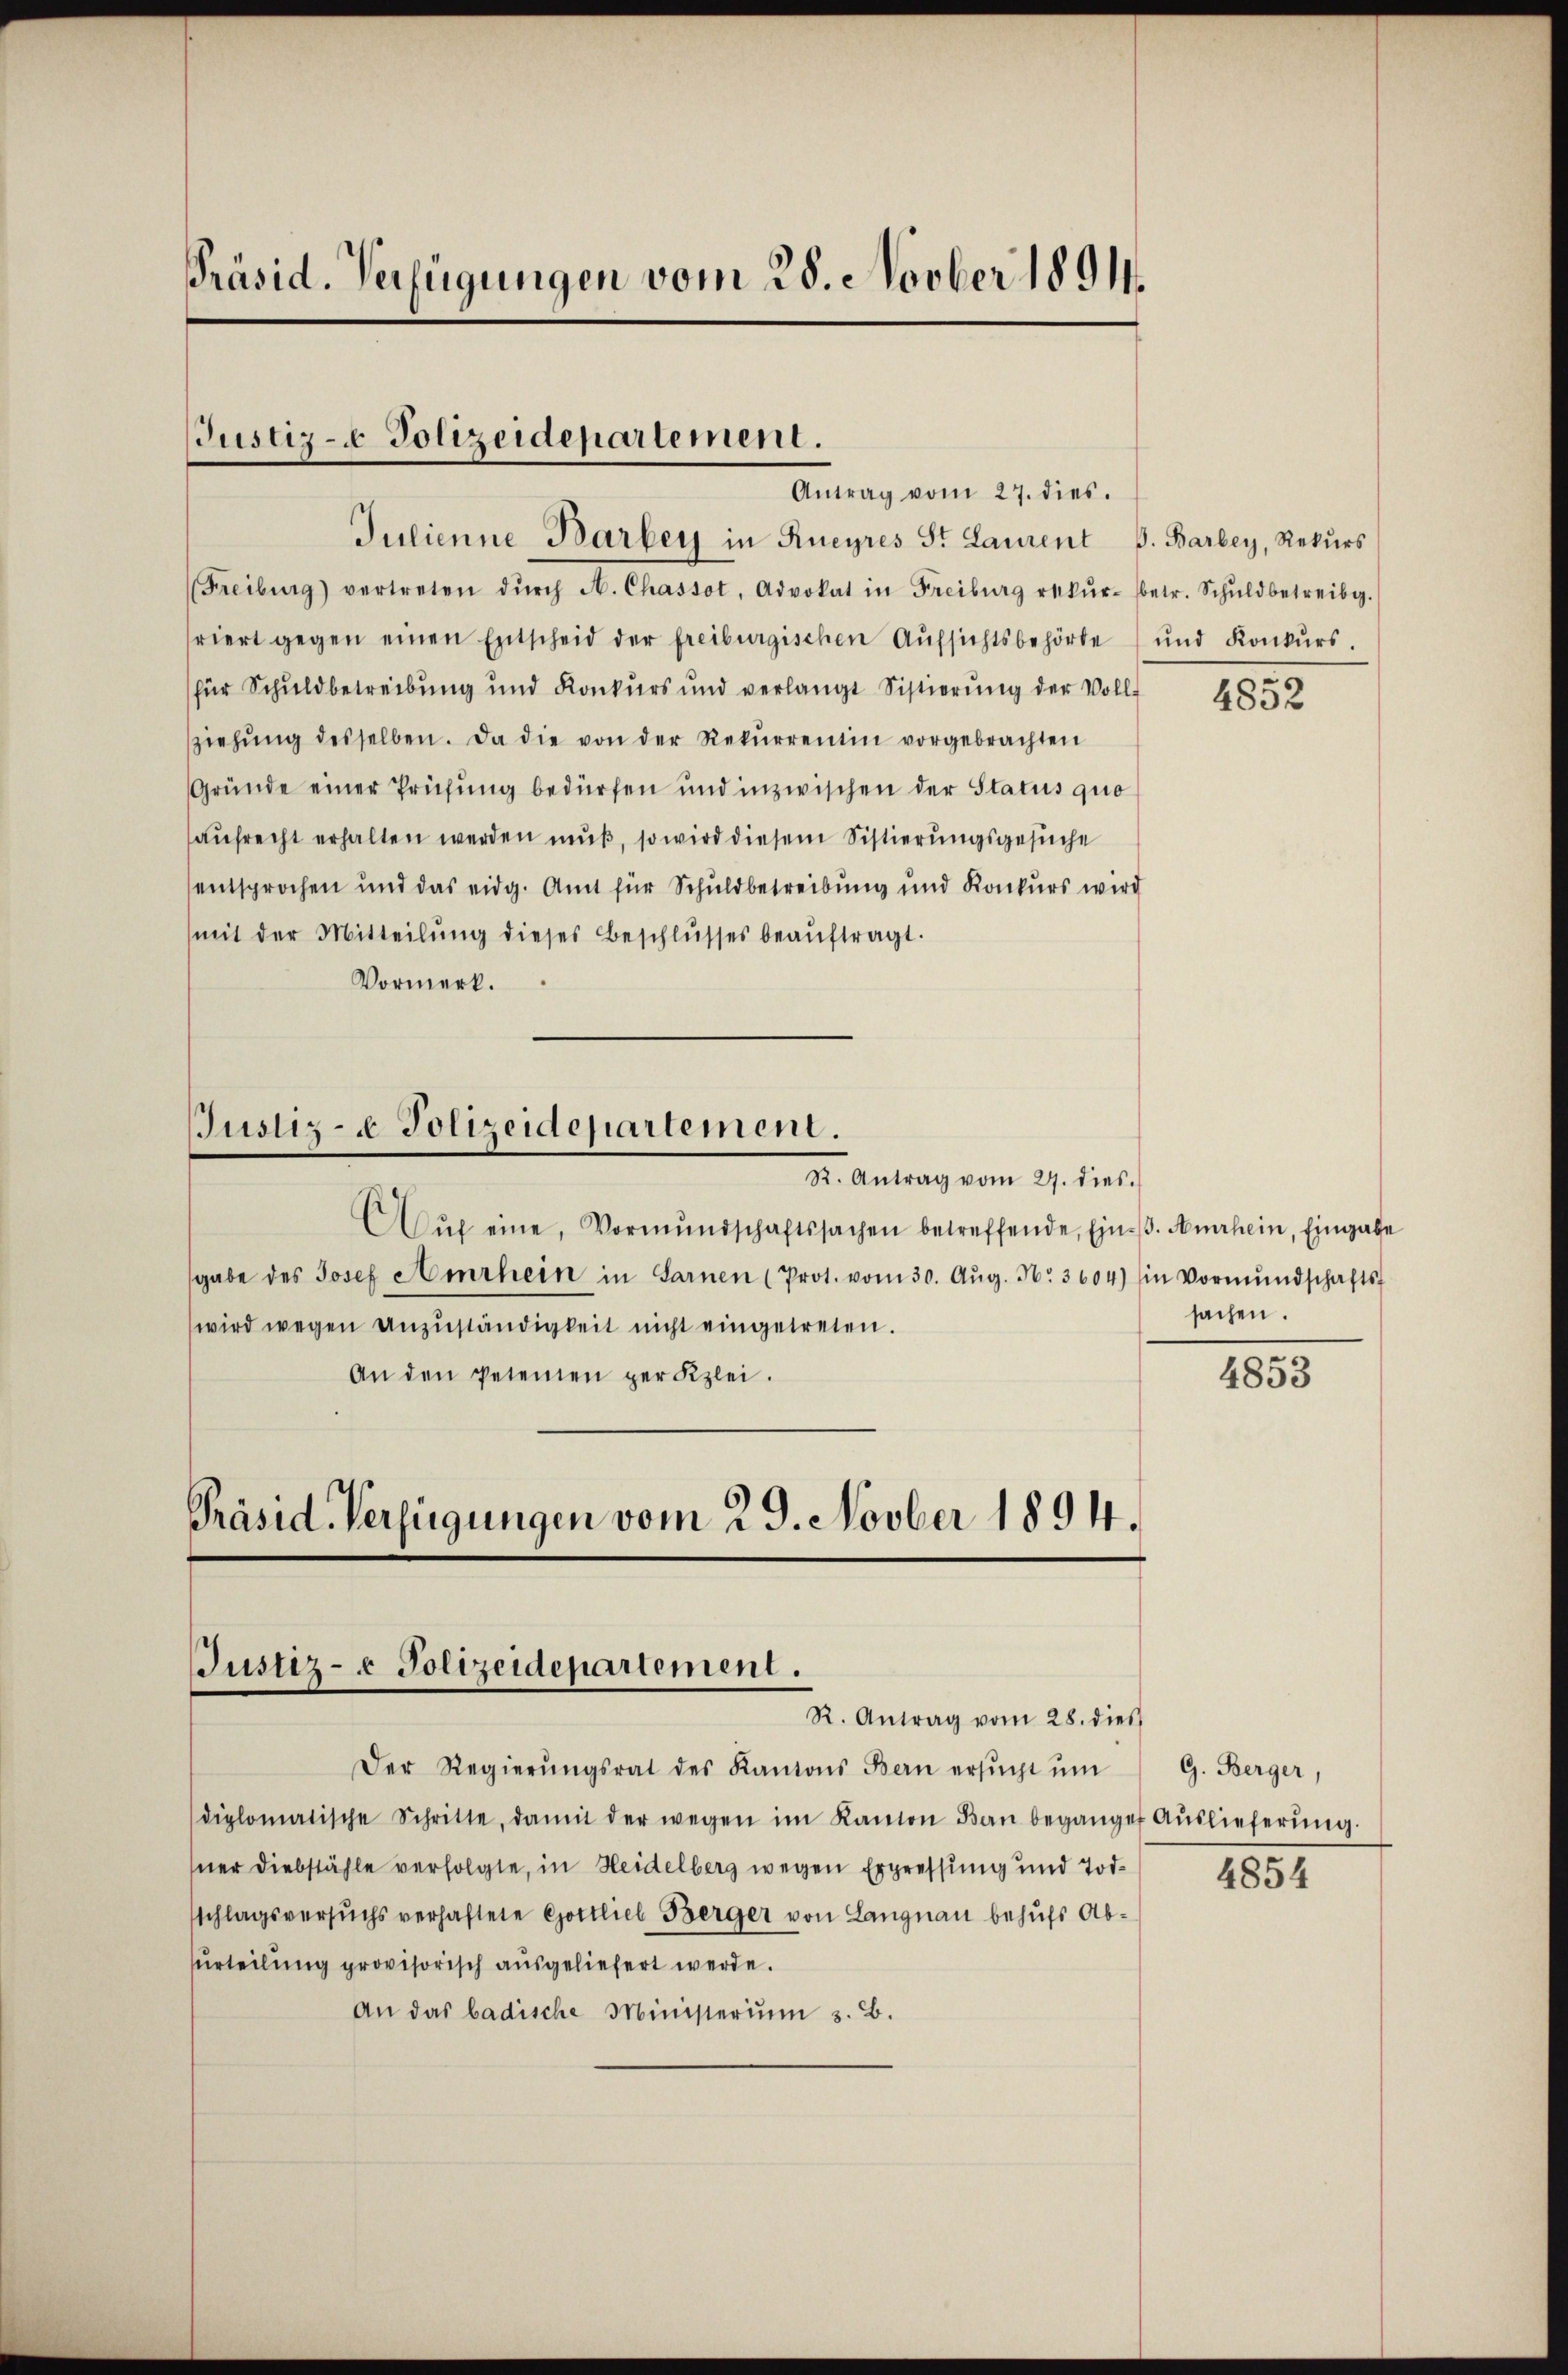
Präsid. Verfügungen vom 28. Novber 1891.

Justiz- & Polizeidepartement.
Antrag vom 27. dies.

Julienne-Barbey in Rueyres St Laurent J. Barbey, Rekŭrs
(Freiburg) vertreten dŭrch A. Chassot, Advokat in Freiburg rekŭr- betr. Schŭldbetreibg.
riert gegen einen Entscheid der freiburgischen Aŭfsichtsbehörde und Konkŭrs.
für Schuldbetreibung und Konkurs und verlangt Sistierŭng der Voll-
sziehŭng desselben. Da die von der Rekŭrrentin vorgebrachten
Gründe einer Prüfung bedürfen und inzwischen der Status quo
aufrecht erhalten werden muß, so wird diesem Sistierungsgesuche
entsprochen und das eidg. Amt für Schuldbetreibung und Konkurs wird
(mit der Mitteilŭng dieses Beschlŭsses beaŭftragt.
Vormerk.
Justiz- & Polizeidepartement.
K. Antrag vom 27. dies
Aŭf eine Vormŭndschaftssachen betreffende Ein-. Amrhein, Eingabe
sgabe des Josef Amrhein in Sarnen (Prot. vom 30. Aŭg. N. 3604) in Vormŭndschafts-
wird wegen anzuständigkeit nicht eingetreten.
An den Petenen per Klei.

Präsid. Verfügungen vom 29. Novber 1894.
Justiz- & Polizeidepartement.
R. Antrag vom 28. dies

Der Regierŭngsrat des Kantons Bern ersŭcht ŭm
diplomatische Schritte, damit der wegen im Kanton Bau beganget Aŭslieferŭng.
sner Diebstähle verfolgte, in Heidelberg wegen Erpressung und Todsschlagsversuchs verhaftete Gottlieb Berger von Langnau behufs Aburteilung provisorisch ausgeliefert werde.
An das badische Ministerium 3. B.

1852

sachen.

4853

G. Berger,

4854